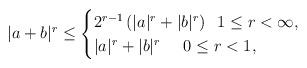
LaTeX: \begin{align*}|a+b|^{r} \leq \begin{cases}2^{r-1} \left( |a|^{r} + |b|^{r} \right) \;\; 1\leq r < \infty, \\ |a|^{r} + |b|^{r} \;\;\; \;\; 0 \leq r < 1,\end{cases}\end{align*}